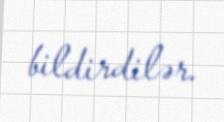
bildirdilər.